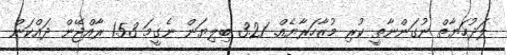
ލަދުހަޔާތް ނުގަންނާތީ ކުރި މުޒާހަރާޔެއް. 3.21 ބިލިޔަން ނެގީމަ 1.53 ރާއްޖޭން ދައްކަން